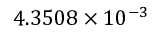
4 . 3 5 0 8 \times 1 0 ^ { - 3 }